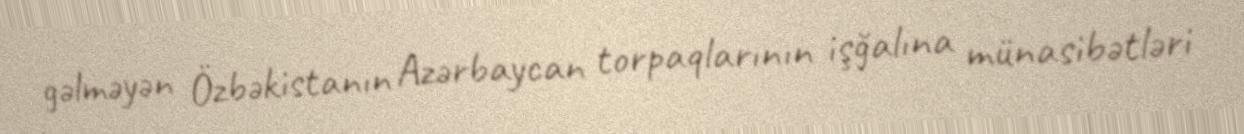
gəlməyən Özbəkistanın Azərbaycan torpaqlarının işğalına münasibətləri